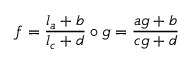
f = \frac { l _ { a } + b } { l _ { c } + d } \circ g = \frac { a g + b } { c g + d }